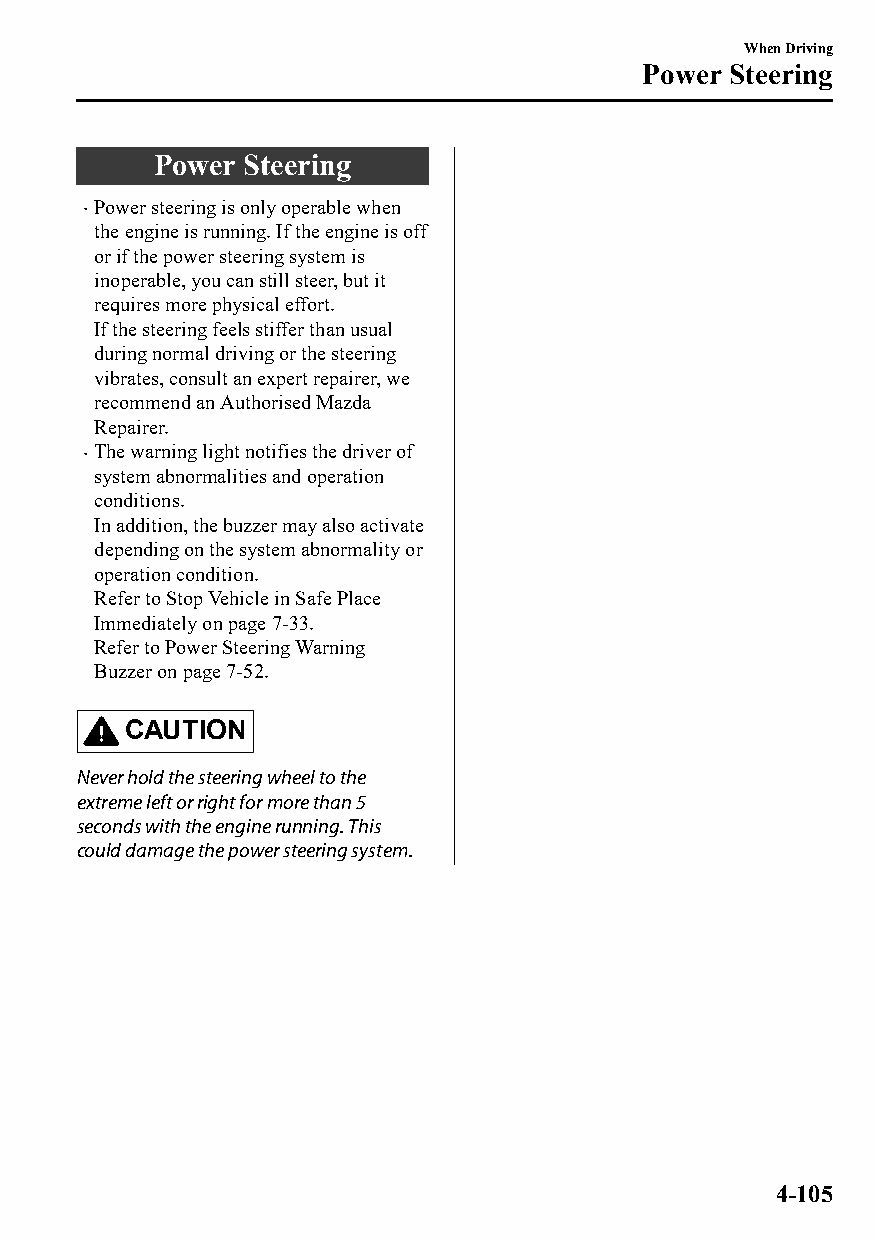
When Driving
 Power Steering
 Power Steering
 Power steering is only operable when
 
 the engine is running. If the engine is off
 or if the power steering system is
 inoperable, you can still steer, but it
 requires more physical effort.
 If the steering feels stiffer than usual
 during normal driving or the steering
 vibrates, consult an expert repairer, we
 recommend an Authorised Mazda
 Repairer.
 The warning light notifies the driver of
 
 system abnormalities and operation
 conditions.
 In addition, the buzzer may also activate
 depending on the system abnormality or
 operation condition.
 Refer to Stop Vehicle in Safe Place
 Immediately on page 7-33.
 Refer to Power Steering Warning
 Buzzer on page 7-52.
 CAUTION
 Never hold the steering wheel to the
 extreme left or right for more than 5
 seconds with the engine running. This
 could damage the power steering system.
 4-105
 CX-3_8GT4-EE-18D_Edition4                  2018-9-6 18:32:19